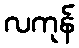
လကုန်